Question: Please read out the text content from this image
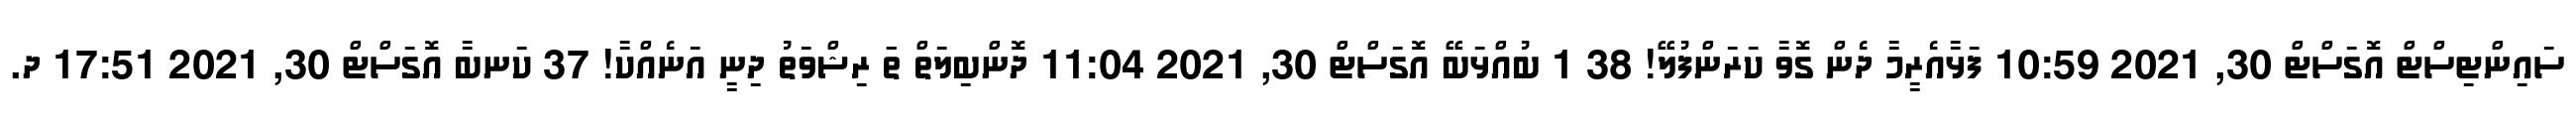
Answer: ސައިންޓިސްޓް އޮގަސްޓް 30, 2021 10:59 ފަޅާއެރީމާ ދެން ގޮވާ ކަރަންފުލޭ! 38 1 ބުއްޅަބޭ އޮގަސްޓް 30, 2021 11:04 ދޮންބިލަތް ތަަ ރިޝްވަތު ދިނީ އަނެއްކާ! 37 ކަނބާ އޮގަސްޓް 30, 2021 17:51 ދ.